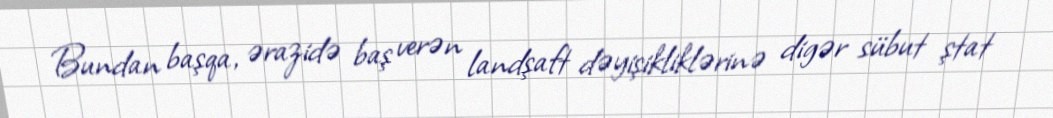
Bundan başqa, ərazidə baş verən landşaft dəyişikliklərinə digər sübut ştat